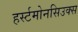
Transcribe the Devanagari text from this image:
हर्स्टमोनसिउक्स